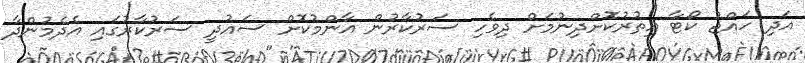
އަދި ހައްޖު ކޯޓާ އިތުރުކޮށްދިނުމަށް ދިވެހި ސަރުކާރުން އާންމުކޮށް ސައުދީ ސަރުކާރުގައި އެދެމުންދާ